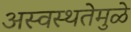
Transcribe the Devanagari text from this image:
अस्वस्थतेमुळे